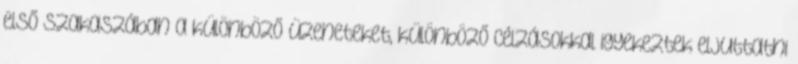
első szakaszában a különböző üzeneteket, különböző célzásokkal igyekeztek eljuttatni